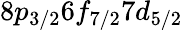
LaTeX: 8p_{3/2}6f_{7/2}7d_{5/2}